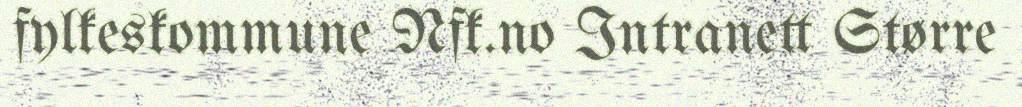
fylkeskommune Nfk.no Intranett Større